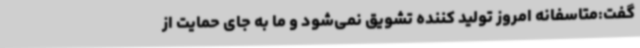
گفت:متاسفانه امروز تولید کننده تشویق نمی‌شود و ما به جای حمایت از